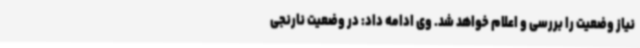
نیاز وضعیت را بررسی و اعلام خواهد شد. وی ادامه داد: در وضعیت نارنجی